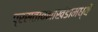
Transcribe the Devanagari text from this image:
प्रस्तावनाखंडामध्यें